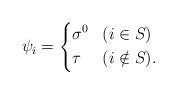
LaTeX: \begin{align*}\psi_i = \left\{\begin{aligned}& \sigma^0 & &(i \in S) \\& \tau & &(i \notin S).\end{aligned} \right.\end{align*}